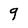
Character: g